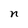
Character: n